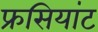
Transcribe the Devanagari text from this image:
फ्रसियांट